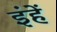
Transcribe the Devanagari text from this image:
इंहें